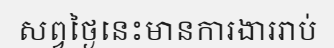
សព្វថ្ងៃនេះមានការងាររាប់